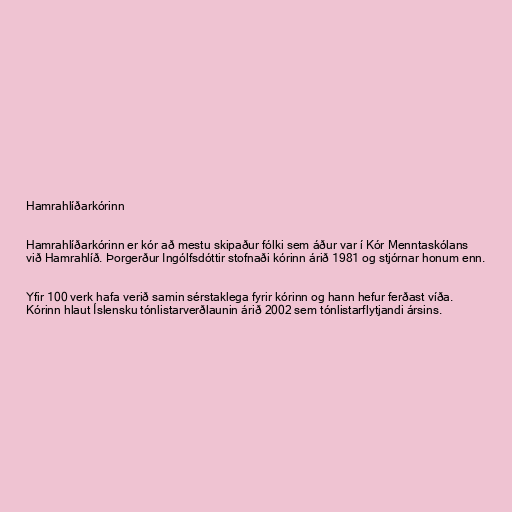
Hamrahlíðarkórinn

Hamrahlíðarkórinn er kór að mestu skipaður fólki sem áður var í Kór Menntaskólans
við Hamrahlíð. Þorgerður Ingólfsdóttir stofnaði kórinn árið 1981 og stjórnar honum enn.

Yfir 100 verk hafa verið samin sérstaklega fyrir kórinn og hann hefur ferðast víða.
Kórinn hlaut Íslensku tónlistarverðlaunin árið 2002 sem tónlistarflytjandi ársins.